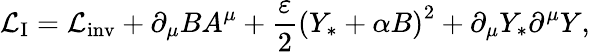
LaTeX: {\cal L}_{\mathrm{I}}={\cal L}_{\mathrm{inv}}+\partial_{\mu}BA^{\mu}+{\frac{\varepsilon}{2}}\left(Y_{*}+\alpha B\right)^{2}+\partial_{\mu}Y_{*}\partial^{\mu}Y,\,